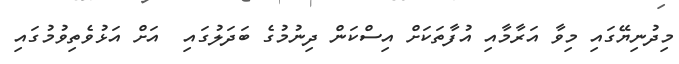
މިދުނިޔޭގައި މިވާ އަރާމާއި އުފާތަކަށް އިސްކަން ދިނުމުގެ ބަދަލުގައި  އަށް އަޅުވެތިވުމުގައި